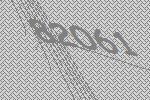
82061